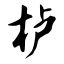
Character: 栌